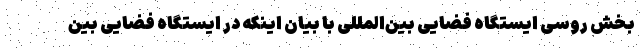
بخش روسی ایستگاه فضایی بین‌المللی با بیان اینکه در ایستگاه فضایی بین